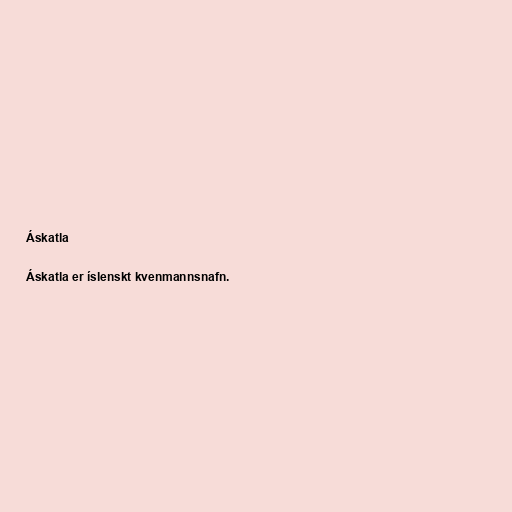
Áskatla

Áskatla er íslenskt kvenmannsnafn.